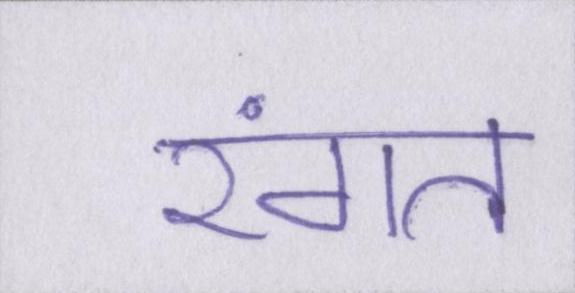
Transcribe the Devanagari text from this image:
रंगत